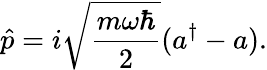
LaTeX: {\hat{p}}=i{\sqrt{\frac{m\omega\hbar}{2}}}(a^{\dagger}-a).